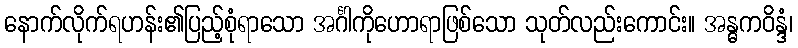
နောက်လိုက်ရဟန်း၏ပြည့်စုံရာသော အင်္ဂါကိုဟောရာဖြစ်သော သုတ်လည်းကောင်း။ အန္ဓကဝိန္ဒံ၊